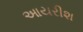
આયરીશ